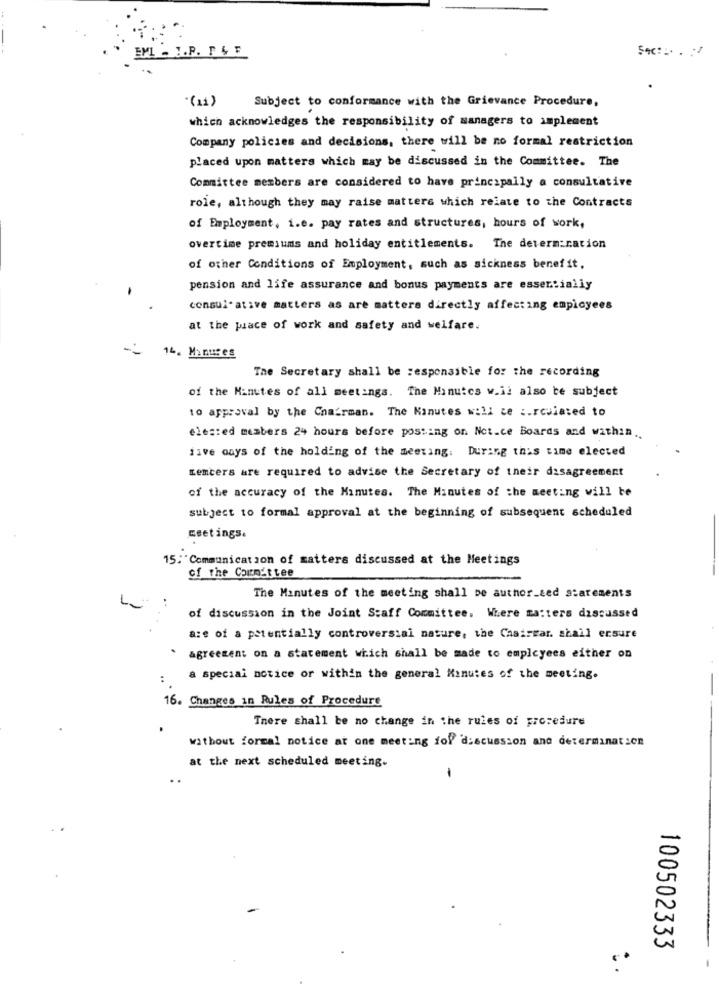
EML . I.P. F & F
Subject to conformance with the Grievance Procedure,
.(11)
which acknowledges the responsibility of managers to implement
Company policies and decisions, there will be no formal restriction
placed upon matters which may be discussed in the Committee. The
Committee members are considered to have principally a consultative
role, although they may raise matters which relate to the Contracts
of Employment, i.e. pay rates and structures, hours of work,
overtime premiums and holiday entitlements. The determination
of other Conditions of Employment, such as sickness benefit.
pension and life assurance and bonus payments are essentially
consultative matters as are matters directly affecting employees
at the piace of work and safety and welfare.
14. Manures
The Secretary shall be responsible for the recording
of the Minutes of all meetings. The Minutes w.il also be subject
to approval by the Chairman. The Minutes will ce :. rcviated to
elested members 24 hours before posting on Not.ce Boards and within ..
five days of the holding of the meeting. During this time elected
Lemcers are required to advise the Secretary of their disagreement
of the accuracy of the Minutes. The Minutes of the meeting will be
subject to formal approval at the beginning of subsequent scheduled
meetings.
15: "Communication of matters discussed at the Meetings
of the Committee
The Minutes of the meeting shall be author_ted statements
of discussion in the Joint Staff Committee. Where matters discussed
a:e of a potentially controversial nature, the Chaircar. shall ersure
agreement on a statement which shall be made to employees either on
a special notice or within the general Minutes of the meeting.
16. Changes in Rules of Procedure
There shall be no change in the rules of procedure
without formal notice at one meeting for discussion and determination
at the next scheduled meeting.
100502333